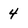
Character: 4